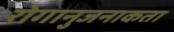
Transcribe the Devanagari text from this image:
रोगानुजनाकता